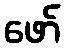
ဖော်